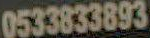
0533833893